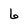
Character: 6